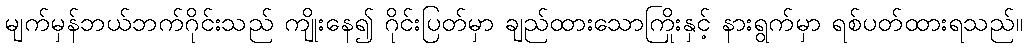
မျက်မှန်ဘယ်ဘက်ဂိုင်းသည် ကျိုးနေ၍ ဂိုင်းပြတ်မှာ ချည်ထားသောကြိုးနှင့် နားရွက်မှာ ရစ်ပတ်ထားရသည်။